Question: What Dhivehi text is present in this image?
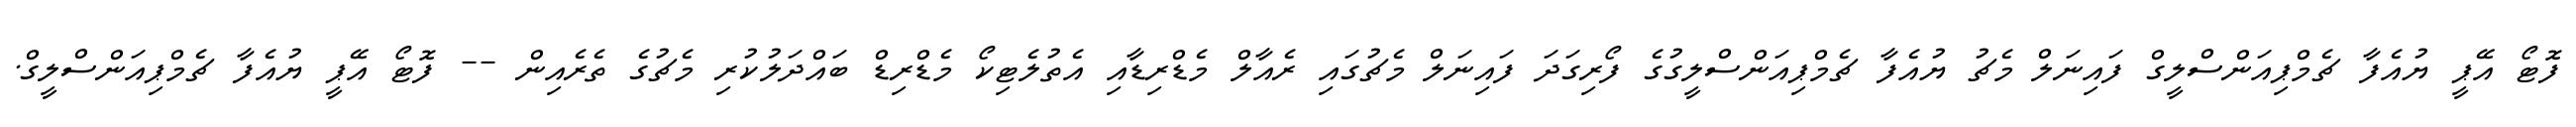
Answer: ފޮޓޯ އޭޕީ ޔުއެފާ ޗެމްޕިއަންސްލީގް ފައިނަލް މެޗު ޔުއެފާ ޗެމްޕިއަންސްލީގުގެ ފޯރިގަދަ ފައިނަލް މެޗުގައި ރެއާލް މެޑްރިޑާއި އެތުލެޓިކޯ މެޑްރިޑް ބައްދަލުކުރި މެޗުގެ ތެރެއިން -- ފޮޓޯ އޭޕީ ޔުއެފާ ޗެމްޕިއަންސްލީގް.